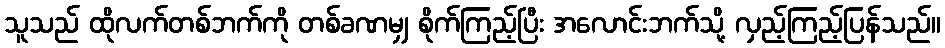
သူသည် ထိုလက်တစ်ဘက်ကို တစ်ခဏမျှ စိုက်ကြည့်ပြီး အလောင်းဘက်သို့ လှည့်ကြည့်ပြန်သည်။